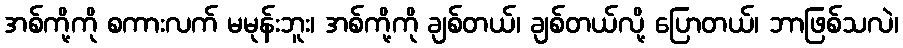
အစ်ကို့ကို စကားလက် မမုန်းဘူး၊ အစ်ကို့ကို ချစ်တယ်၊ ချစ်တယ်လို့ ပြောတယ်၊ ဘာဖြစ်သလဲ၊